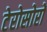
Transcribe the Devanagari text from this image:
टेरोसोरों